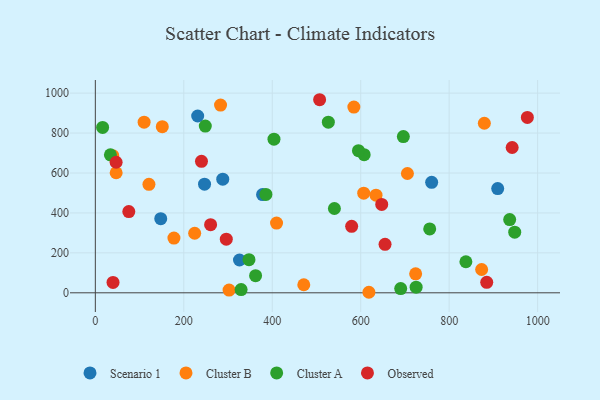
{"axis": {"x": "Distance", "y": "Rating"}, "legend": ["Cluster A", "Cluster B", "Observed", "Scenario 1"], "data": [{"x": "325.9", "y": 164.4, "type": "Scenario 1"}, {"x": "760.4", "y": 553.2, "type": "Scenario 1"}, {"x": "147.9", "y": 371.3, "type": "Scenario 1"}, {"x": "231.4", "y": 885.4, "type": "Scenario 1"}, {"x": "378.1", "y": 492.1, "type": "Scenario 1"}, {"x": "246.9", "y": 544.1, "type": "Scenario 1"}, {"x": "909.7", "y": 522.2, "type": "Scenario 1"}, {"x": "288.1", "y": 569.3, "type": "Scenario 1"}, {"x": "110.3", "y": 854.5, "type": "Cluster B"}, {"x": "39.5", "y": 686.5, "type": "Cluster B"}, {"x": "471.3", "y": 40.5, "type": "Cluster B"}, {"x": "283.1", "y": 940.1, "type": "Cluster B"}, {"x": "121.2", "y": 543.2, "type": "Cluster B"}, {"x": "177.7", "y": 274.0, "type": "Cluster B"}, {"x": "879.5", "y": 849.1, "type": "Cluster B"}, {"x": "618.5", "y": 2.7, "type": "Cluster B"}, {"x": "151.4", "y": 832.1, "type": "Cluster B"}, {"x": "47.1", "y": 601.1, "type": "Cluster B"}, {"x": "409.7", "y": 349.1, "type": "Cluster B"}, {"x": "634.6", "y": 489.0, "type": "Cluster B"}, {"x": "224.6", "y": 298.3, "type": "Cluster B"}, {"x": "705.6", "y": 597.5, "type": "Cluster B"}, {"x": "724.2", "y": 95.3, "type": "Cluster B"}, {"x": "584.5", "y": 930.1, "type": "Cluster B"}, {"x": "606.8", "y": 499.0, "type": "Cluster B"}, {"x": "873.4", "y": 116.7, "type": "Cluster B"}, {"x": "302.4", "y": 13.6, "type": "Cluster B"}, {"x": "16.5", "y": 828.1, "type": "Cluster A"}, {"x": "385.7", "y": 492.5, "type": "Cluster A"}, {"x": "403.9", "y": 769.6, "type": "Cluster A"}, {"x": "725.3", "y": 28.1, "type": "Cluster A"}, {"x": "362.3", "y": 85.7, "type": "Cluster A"}, {"x": "607.8", "y": 691.6, "type": "Cluster A"}, {"x": "540.5", "y": 422.3, "type": "Cluster A"}, {"x": "936.8", "y": 366.6, "type": "Cluster A"}, {"x": "837.8", "y": 155.5, "type": "Cluster A"}, {"x": "347.4", "y": 165.9, "type": "Cluster A"}, {"x": "526.8", "y": 854.5, "type": "Cluster A"}, {"x": "594.9", "y": 712.0, "type": "Cluster A"}, {"x": "696.4", "y": 782.3, "type": "Cluster A"}, {"x": "756.0", "y": 319.7, "type": "Cluster A"}, {"x": "948.2", "y": 303.8, "type": "Cluster A"}, {"x": "248.6", "y": 835.2, "type": "Cluster A"}, {"x": "34.1", "y": 691.1, "type": "Cluster A"}, {"x": "329.6", "y": 16.0, "type": "Cluster A"}, {"x": "690.4", "y": 21.3, "type": "Cluster A"}, {"x": "75.7", "y": 406.6, "type": "Observed"}, {"x": "655.0", "y": 243.0, "type": "Observed"}, {"x": "260.6", "y": 341.4, "type": "Observed"}, {"x": "240.0", "y": 658.6, "type": "Observed"}, {"x": "507.1", "y": 966.9, "type": "Observed"}, {"x": "579.5", "y": 332.8, "type": "Observed"}, {"x": "296.1", "y": 268.5, "type": "Observed"}, {"x": "40.0", "y": 52.0, "type": "Observed"}, {"x": "647.5", "y": 442.8, "type": "Observed"}, {"x": "884.9", "y": 52.6, "type": "Observed"}, {"x": "942.4", "y": 727.6, "type": "Observed"}, {"x": "976.8", "y": 878.2, "type": "Observed"}, {"x": "47.0", "y": 653.9, "type": "Observed"}]}